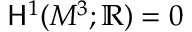
{ \mathsf { H } } ^ { 1 } ( M ^ { 3 } ; \mathbb { R } ) = 0